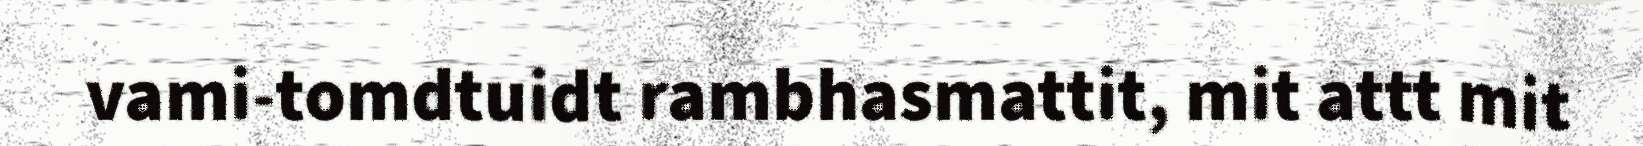
vami-tomdtuidt rambhasmattit, mit attt mit